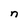
Character: n